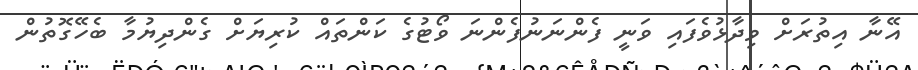
އޭނާ އިތުރަށް ވިދާޅުވެފައި ވަނީ ފެންނަނުފެންނަ ވޯޓުގެ ކަންތައް ކުރިޔަށް ގެންދިޔުމާ ބެހޭގޮތުން